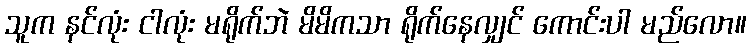
သူက နင်လုံး ငါလုံး မရိုက်ဘဲ မိမိကသာ ရိုက်နေလျှင် ကောင်းပါ မည်လော။